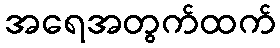
အရေအတွက်ထက်